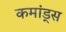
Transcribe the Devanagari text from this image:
कमांड्‌स